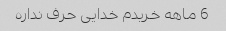
6 ماهه خریدم خدایی حرف نداره